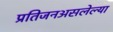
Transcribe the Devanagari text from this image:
प्रतिजनअसलेल्या